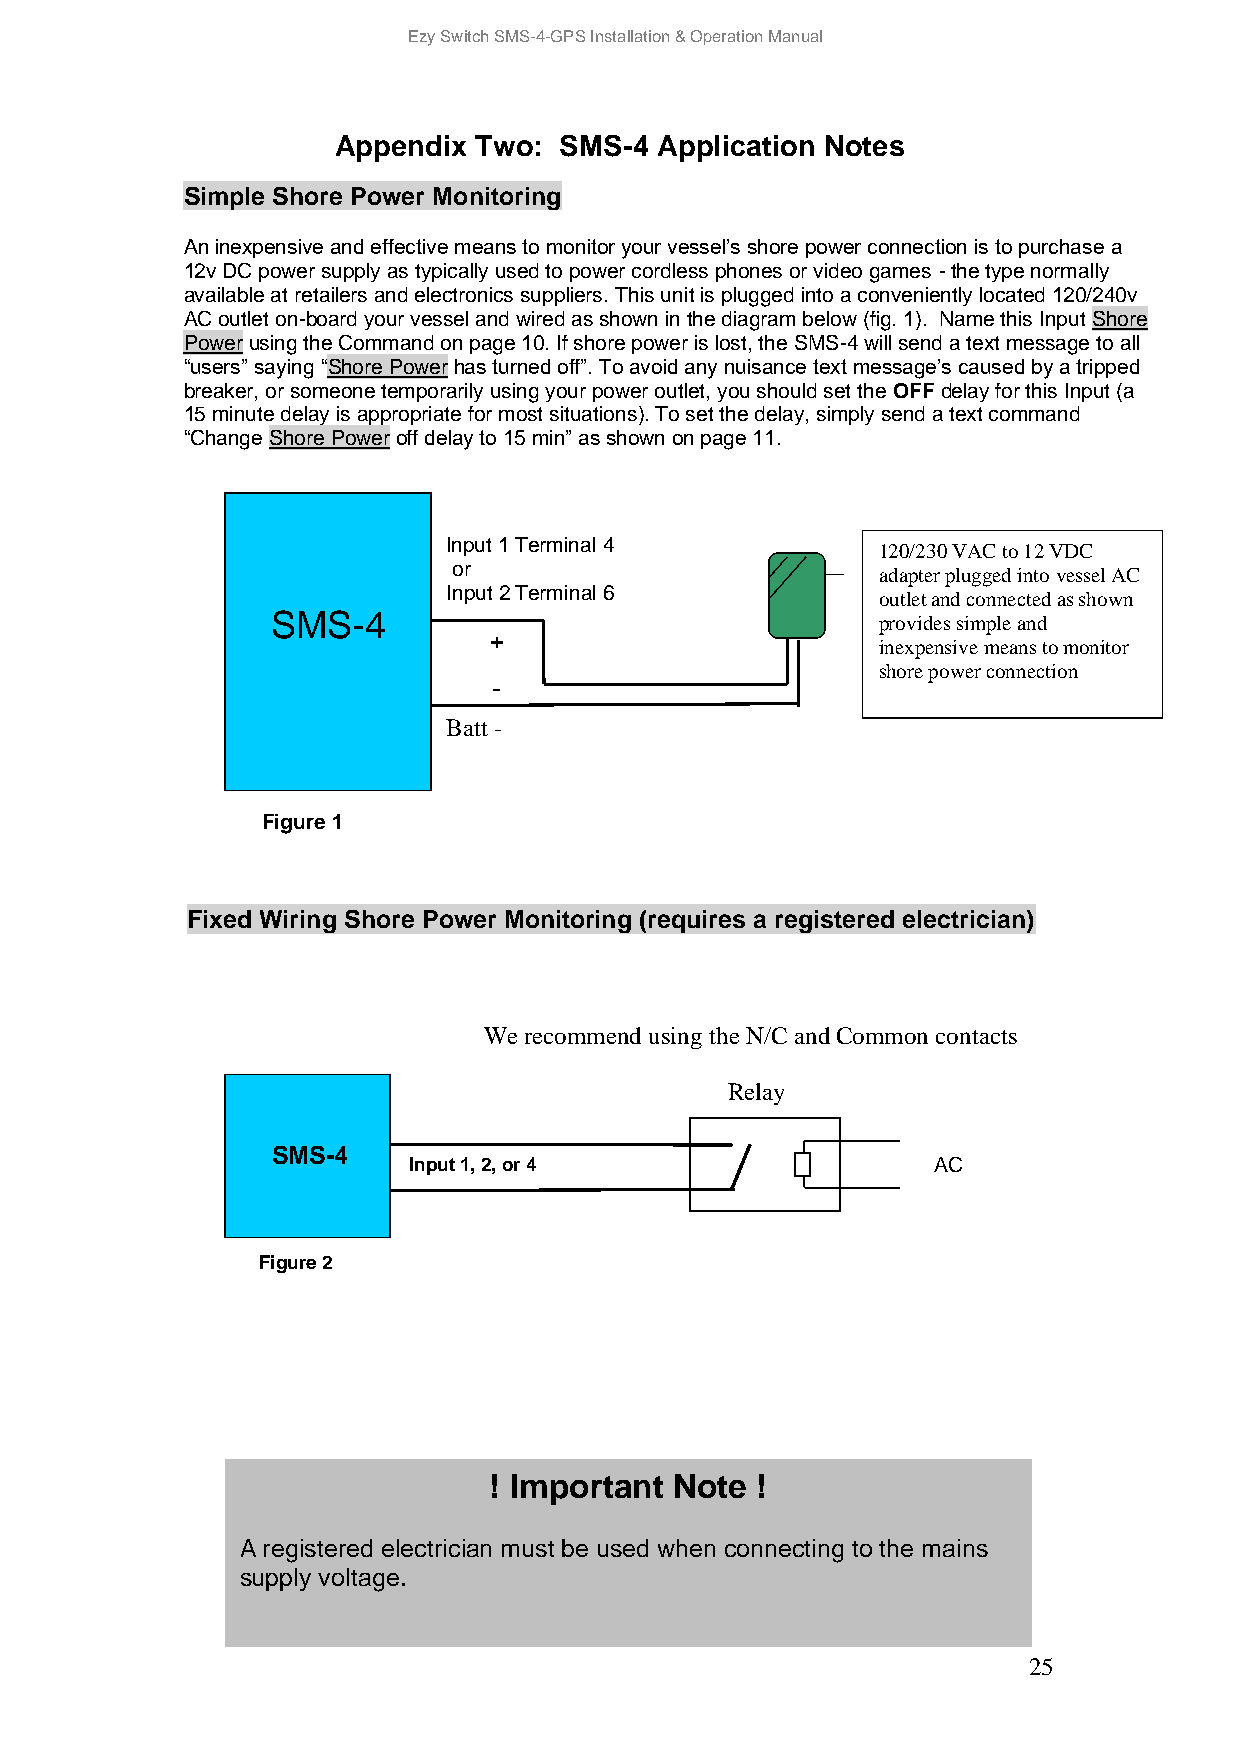
Ezy Switch SMS-4-GPS Installation & Operation Manual
 Appendix Two:  SMS-4 Application Notes
 S imple Shore Power Monitoring
 A n inexpensive and effective means to monitor your vessel’s shore power connection is to purchase a
 1 2v DC power supply as typically used to power cordless phones or video games - the type normally
 a vailable at retailers and electronics suppliers. This unit is plugged into a conveniently located 120/240v
 A C outlet on-board your vessel and wired as shown in the diagram below (fig. 1). Name this Input Shore
 P ower using the Command on page 10. If shore power is lost, the SMS-4 will send a text message to all
 “ users” saying “Shore Power has turned off”. To avoid any nuisance text message’s caused by a tripped
 b reaker, or someone temporarily using your power outlet, you should set the OFF delay for this Input (a
 1 5 minute delay is appropriate for most situations). To set the delay, simply send a text command
 “ Change Shore Power off delay to 15 min” as shown on page 11.
 Input 1 Terminal 4          120/230 VAC to 12 VDC
 or                          adapter plugged into vessel AC
 Input 2 Terminal 6          outlet and connected as shown
 SMS-4                                   provides simple and
 +
 inexpensive means to monitor
 shore power connection
 -
 Batt -
 Figure 1
 Fixed Wiring Shore Power Monitoring (requires a registered electrician)
 We recommend using the N/C and Common contacts
 Relay
 SMS-4
 Input 1, 2, or 4                   AC
 Supply
 Figure 2
 ! Important  Note !
 A registered electrician must be used when connecting to the mains
 supply voltage.
 25